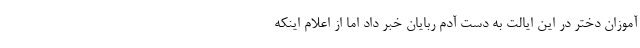
آموزان دختر در این ایالت به دست آدم ربایان خبر داد اما از اعلام اینکه